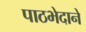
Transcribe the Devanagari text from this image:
पाठभेदाने